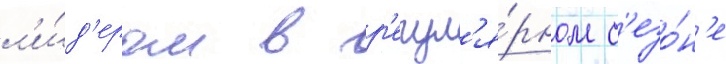
л'и́д'ером в р'егул'я́рном с'езо́н'е